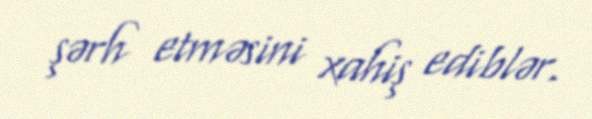
şərh etməsini xahiş ediblər.